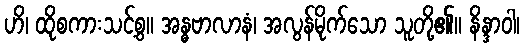
ဟိ၊ ထိုစကားသင့်စွ။ အန္ဓဗာလာနံ၊ အလွန်မိုက်သော သူတို့၏။ နိန္ဒာဝါ၊